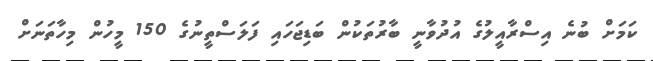
ކަމަށް ބުނެ އިސްރާއީލުގެ އުދުވާނީ ބާރުތަކުން ބަޑިޖަހައި ފަލަސްތީނުގެ 150 މީހުން މިހާތަނަށް